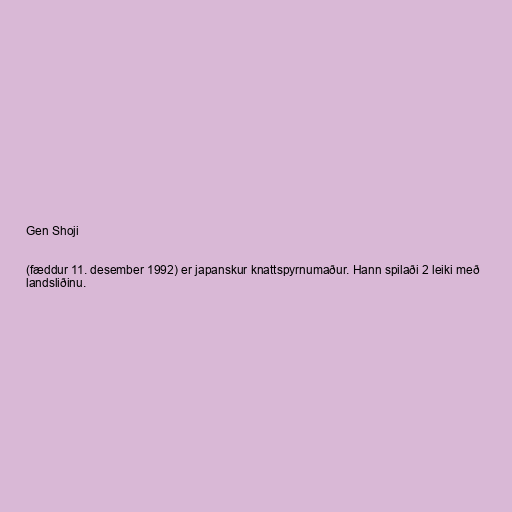
Gen Shoji

(fæddur 11. desember 1992) er japanskur knattspyrnumaður. Hann spilaði 2 leiki með
landsliðinu.